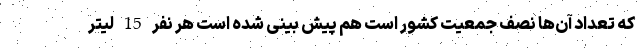
که تعداد آن‌ها نصف جمعیت کشور است هم پیش بینی شده است هر نفر 15 لیتر